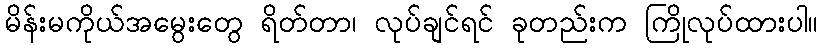
မိန်းမကိုယ်အမွေးတွေ ရိတ်တာ၊ လုပ်ချင်ရင် ခုတည်းက ကြိုလုပ်ထားပါ။